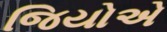
જિયોએ